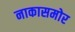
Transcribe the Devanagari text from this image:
नाकासमोर